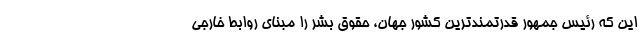
این که رئیس جمهور قدرتمندترین کشور جهان، حقوق بشر را مبنای روابط خارجی